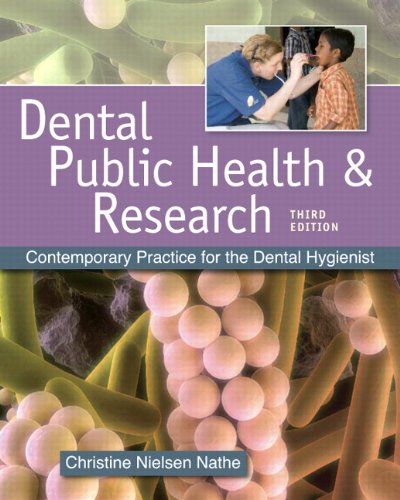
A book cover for Dental Public Health and Research: Contemporary Practice for the Dental Hygienist (3rd Edition); Christine Nielsen Nathe; Medical Books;